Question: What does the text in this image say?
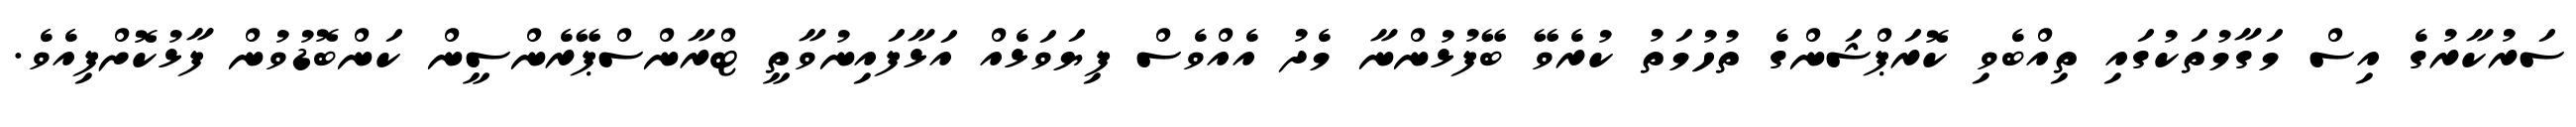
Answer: ސަރުކާރުގެ އިސް މަގާމުތަކުގައި ތިއްބެވި ކޮރަޕްޝަންގެ ތުހުމަތު ކުރެވޭ ބޭފުޅުންނާ މެދު އެއްވެސް ފިޔަވަޅެއް އަޅާފައިނުވާތީ ޓްރާންސްޕޭރެންސީން ކަންބޮޑުވުން ފާޅުކޮށްފިއެވެ.